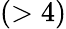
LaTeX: (>4)